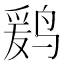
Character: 𱊒